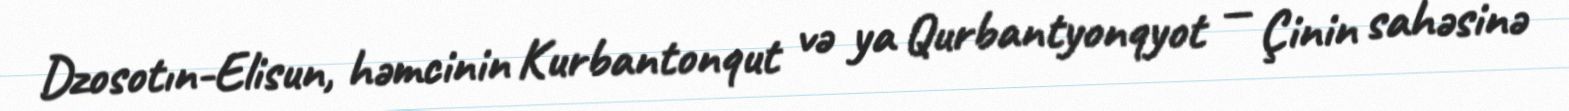
Dzosotın-Elisun, həmcinin Kurbantonqut və ya Qurbantyonqyot — Çinin sahəsinə